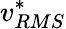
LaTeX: v_{RMS}^{*}